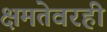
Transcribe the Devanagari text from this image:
क्षमतेवरही